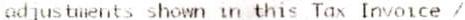
ADJUSTMENTS SHOWN IN THIS TAX INVOICE /